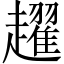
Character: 趯